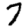
Digit: 7